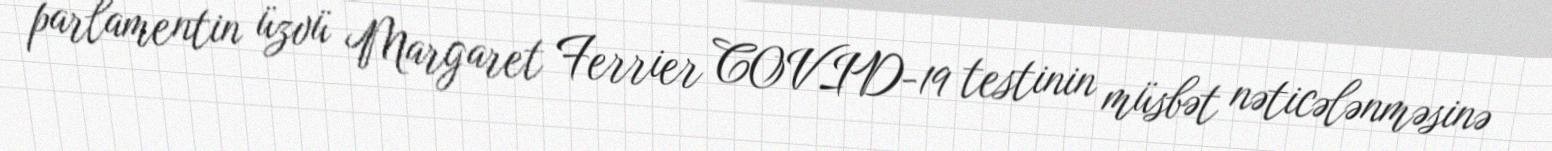
parlamentin üzvü Margaret Ferrier COVID-19 testinin müsbət nəticələnməsinə